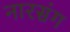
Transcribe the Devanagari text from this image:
नारसंग